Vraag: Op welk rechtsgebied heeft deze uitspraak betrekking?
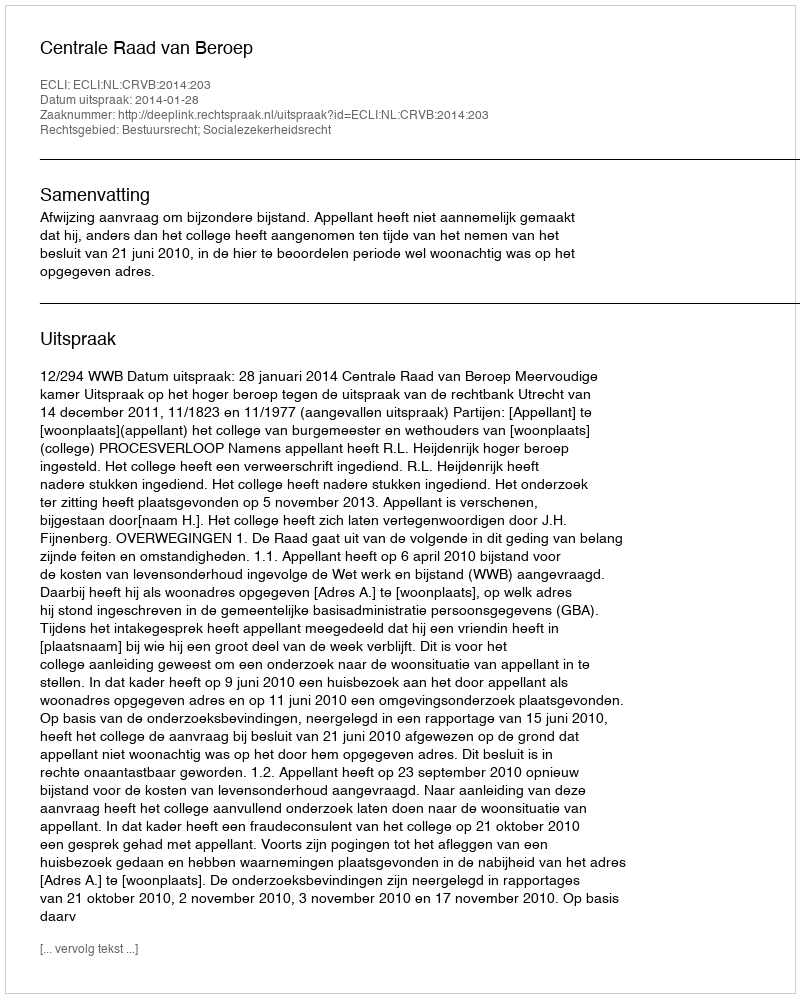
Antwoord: Bestuursrecht; Socialezekerheidsrecht